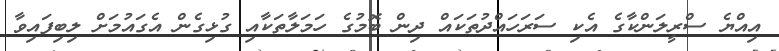
އިއްޔެ ސްރީލަންކާގެ އެކި ސަރަހައްދުތަކައް ދިން ބޮމުގެ ހަމަލާތަކާއި ގުޅިގެން އެގައުމަށް ލިބިފައިވާ